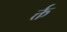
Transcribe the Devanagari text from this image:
र्क्त